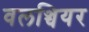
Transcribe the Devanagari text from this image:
वलञ्चियर